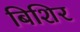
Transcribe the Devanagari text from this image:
बिशिर